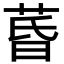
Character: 𮏚